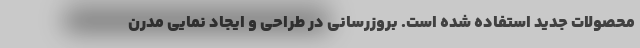
محصولات جدید استفاده شده است. بروزرسانی در طراحی و ایجاد نمایی مدرن